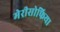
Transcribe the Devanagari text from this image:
मेरीसोफिया